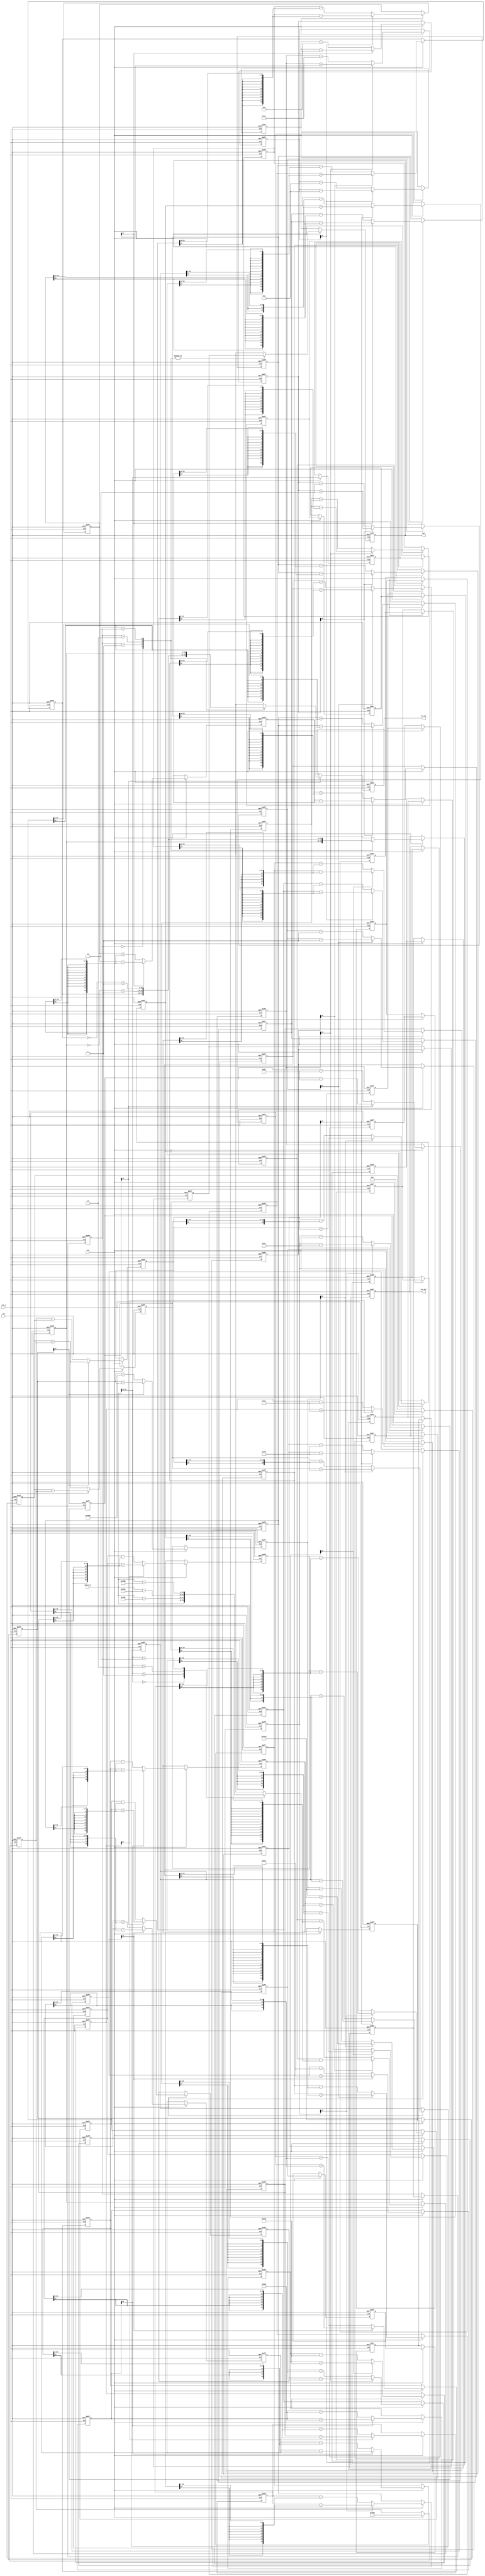
`timescale 1ns/1ps
module cordic(clk,rst_n,ena,phase_in,sin_out,cos_out,eps);

parameter DATA_WIDTH=16;
parameter PIPELINE=16;

input clk;
input rst_n;
input ena;
input [DATA_WIDTH-1:0] phase_in;

output [DATA_WIDTH-1:0] sin_out;
output [DATA_WIDTH-1:0] cos_out;
output [DATA_WIDTH-1:0] eps;

reg [DATA_WIDTH-1:0] sin_out;
reg [DATA_WIDTH-1:0] cos_out;
reg [DATA_WIDTH-1:0] eps;

reg  [DATA_WIDTH-1:0] phase_in_reg;

reg  [DATA_WIDTH-1:0] x0;
reg  [DATA_WIDTH-1:0] x1;
reg  [DATA_WIDTH-1:0] x2;
reg  [DATA_WIDTH-1:0] x3;
reg  [DATA_WIDTH-1:0] x4;
reg  [DATA_WIDTH-1:0] x5;
reg  [DATA_WIDTH-1:0] x6;
reg  [DATA_WIDTH-1:0] x7;
reg  [DATA_WIDTH-1:0] x8;
reg  [DATA_WIDTH-1:0] x9;
reg  [DATA_WIDTH-1:0] x10;
reg  [DATA_WIDTH-1:0] x11;
reg  [DATA_WIDTH-1:0] x12;
reg  [DATA_WIDTH-1:0] x13;
reg  [DATA_WIDTH-1:0] x14;
reg  [DATA_WIDTH-1:0] x15;

reg  [DATA_WIDTH-1:0] y0;
reg  [DATA_WIDTH-1:0] y1;
reg  [DATA_WIDTH-1:0] y2;
reg  [DATA_WIDTH-1:0] y3;
reg  [DATA_WIDTH-1:0] y4;
reg  [DATA_WIDTH-1:0] y5;
reg  [DATA_WIDTH-1:0] y6;
reg  [DATA_WIDTH-1:0] y7;
reg  [DATA_WIDTH-1:0] y8;
reg  [DATA_WIDTH-1:0] y9;
reg  [DATA_WIDTH-1:0] y10;
reg  [DATA_WIDTH-1:0] y11;
reg  [DATA_WIDTH-1:0] y12;
reg  [DATA_WIDTH-1:0] y13;
reg  [DATA_WIDTH-1:0] y14;
reg  [DATA_WIDTH-1:0] y15;

reg  [DATA_WIDTH-1:0] z0;
reg  [DATA_WIDTH-1:0] z1;
reg  [DATA_WIDTH-1:0] z2;
reg  [DATA_WIDTH-1:0] z3;
reg  [DATA_WIDTH-1:0] z4;
reg  [DATA_WIDTH-1:0] z5;
reg  [DATA_WIDTH-1:0] z6;
reg  [DATA_WIDTH-1:0] z7;
reg  [DATA_WIDTH-1:0] z8;
reg  [DATA_WIDTH-1:0] z9;
reg  [DATA_WIDTH-1:0] z10;
reg  [DATA_WIDTH-1:0] z11;
reg  [DATA_WIDTH-1:0] z12;
reg  [DATA_WIDTH-1:0] z13;
reg  [DATA_WIDTH-1:0] z14;
reg  [DATA_WIDTH-1:0] z15;

reg [1:0] quadrant[PIPELINE:0];
integer i;
//get real quadrant and map to first_n quadrant

always @(posedge clk or negedge rst_n)
begin
   if(!rst_n)
      phase_in_reg<=16'h0000;
   else
      if(ena)
         begin
            case(phase_in[15:14])
               2'b00:phase_in_reg<=phase_in;
               2'b01:phase_in_reg<=phase_in - 16'h4000;  //-pi/2
               2'b10:phase_in_reg<=phase_in - 16'h8000;  //-pi
               2'b11:phase_in_reg<=phase_in - 16'hc000;  //-3pi/2
               default:;
            endcase
         end
end

always @(posedge clk or negedge rst_n)
begin
   if(!rst_n)
      begin
         x0<=16'h0000;
         y0<=16'h0000;
         z0<=16'h0000;
      end
   else
      if(ena)
         begin
            x0 <= 16'h4db8;//16'h4dba
//define aggregate constant Xi=1/P=1/1.6467=0.69725(Xi=2^7*P=8'h4D)
            y0 <= 16'h0000; 
            z0 <=phase_in_reg; 
         end
end

//level 1
always @(posedge clk or negedge rst_n)
begin
   if(!rst_n)
      begin
         x1<=16'h0000;
         y1<=16'h0000;
         z1<=16'h0000;
      end
   else
      if(ena)
         if(z0[15]==1'b0)
            begin
               x1 <= x0 - y0;
               y1 <= y0 + x0;
               z1 <= z0 - 16'h2000;  //45deg
            end
         else
            begin
               x1 <= x0 + y0;
               y1 <= y0 - x0;
               z1 <= z0 + 16'h2000;  //45deg
            end
end

//level 2
always @(posedge clk or negedge rst_n)
begin
   if(!rst_n)
      begin
         x2<=16'h0000;
         y2<=16'h0000;
         z2<=16'h0000;
      end
   else
      if(ena)
         if(z1[15]==1'b0)
            begin
               x2 <= x1 - {y1[DATA_WIDTH-1],y1[DATA_WIDTH-1:1]};
               y2 <= y1 + {x1[DATA_WIDTH-1],x1[DATA_WIDTH-1:1]};
               z2 <= z1 - 16'h12e4;  //26deg
            end
         else
            begin
               x2 <= x1 + {y1[DATA_WIDTH-1],y1[DATA_WIDTH-1:1]};
               y2 <= y1 - {x1[DATA_WIDTH-1],x1[DATA_WIDTH-1:1]};
               z2 <= z1 + 16'h12e4;  //26deg
            end
end

//level 3
always @(posedge clk or negedge rst_n)
begin
   if(!rst_n)
      begin
         x3<=16'h0000;
         y3<=16'h0000;
         z3<=16'h0000;
      end
   else
      if(ena)
         if(z2[15]==1'b0)
            begin
               x3 <= x2 - {{2{y2[DATA_WIDTH-1]}},y2[DATA_WIDTH-1:2]};
               y3 <= y2 + {{2{x2[DATA_WIDTH-1]}},x2[DATA_WIDTH-1:2]};
               z3 <= z2 - 16'h09fb;  //14deg
            end
         else
            begin
              x3 <= x2 + {{2{y2[DATA_WIDTH-1]}},y2[DATA_WIDTH-1:2]};
              y3 <= y2 - {{2{x2[DATA_WIDTH-1]}},x2[DATA_WIDTH-1:2]};
              z3 <= z2 + 16'h09fb;  //14deg
            end
end            
  
//level 4
always @(posedge clk or negedge rst_n)
begin
   if(!rst_n)
      begin
         x4<=16'h0000;
         y4<=16'h0000;
         z4<=16'h0000;
      end
   else
      if(ena)
         if(z3[15]==1'b0)
            begin
               x4 <= x3 - {{3{y3[DATA_WIDTH-1]}},y3[DATA_WIDTH-1:3]};
               y4 <= y3 + {{3{x3[DATA_WIDTH-1]}},x3[DATA_WIDTH-1:3]};
               z4 <= z3 - 16'h0511;  //7deg
            end
         else
            begin
               x4 <= x3 + {{3{y3[DATA_WIDTH-1]}},y3[DATA_WIDTH-1:3]};
               y4 <= y3 - {{3{x3[DATA_WIDTH-1]}},x3[DATA_WIDTH-1:3]};
               z4 <= z3 + 16'h0511;  //7deg
            end
end 

//level 5
always @(posedge clk or negedge rst_n)
begin
   if(!rst_n)
      begin
         x5<=16'h0000;
         y5<=16'h0000;
         z5<=16'h0000;
      end
   else
      if(ena)
         if(z4[15]==1'b0)
            begin
               x5 <= x4 - {{4{y4[DATA_WIDTH-1]}},y4[DATA_WIDTH-1:4]};
               y5 <= y4 + {{4{x4[DATA_WIDTH-1]}},x4[DATA_WIDTH-1:4]};
               z5 <= z4 - 16'h028b;  //4deg
            end
         else
            begin
               x5 <= x4 + {{4{y4[DATA_WIDTH-1]}},y4[DATA_WIDTH-1:4]};
               y5 <= y4 - {{4{x4[DATA_WIDTH-1]}},x4[DATA_WIDTH-1:4]};
               z5 <= z4 + 16'h028b;  //4deg
            end
end 

//level 6
always @(posedge clk or negedge rst_n)
begin
   if(!rst_n)
      begin
         x6<=16'h0000;
         y6<=16'h0000;
         z6<=16'h0000;
      end
   else
      if(ena)
         if(z5[15]==1'b0)
            begin
               x6 <= x5 - {{5{y5[DATA_WIDTH-1]}},y5[DATA_WIDTH-1:5]};
               y6 <= y5 + {{5{x5[DATA_WIDTH-1]}},x5[DATA_WIDTH-1:5]};
               z6 <= z5 - 16'h0146;  //2deg
            end
         else
            begin
               x6 <= x5 + {{5{y5[DATA_WIDTH-1]}},y5[DATA_WIDTH-1:5]};
               y6 <= y5 - {{5{x5[DATA_WIDTH-1]}},x5[DATA_WIDTH-1:5]};
               z6 <= z5 + 16'h0146;  //2deg
            end
end 

//level 7
always @(posedge clk or negedge rst_n)
begin
   if(!rst_n)
      begin
         x7<=16'h0000;
         y7<=16'h0000;
         z7<=16'h0000;
      end
   else
      if(ena)
         if(z6[15]==1'b0)
            begin
               x7 <= x6 - {{6{y6[DATA_WIDTH-1]}},y6[DATA_WIDTH-1:6]};
               y7 <= y6 + {{6{x6[DATA_WIDTH-1]}},x6[DATA_WIDTH-1:6]};
               z7 <= z6 - 16'h00a3;  
            end
         else
            begin
               x7 <= x6 + {{6{y6[DATA_WIDTH-1]}},y6[DATA_WIDTH-1:6]};
               y7 <= y6 - {{6{x6[DATA_WIDTH-1]}},x6[DATA_WIDTH-1:6]};
               z7 <= z6 + 16'h00a3;  
            end
end 

//level 8
always @(posedge clk or negedge rst_n)
begin
   if(!rst_n)
      begin
         x8<=16'h0000;
         y8<=16'h0000;
         z8<=16'h0000;
      end
   else
      if(ena)
         if(z7[15]==1'b0)
            begin
               x8 <= x7 - {{7{y7[DATA_WIDTH-1]}},y7[DATA_WIDTH-1:7]};
               y8 <= y7 + {{7{x7[DATA_WIDTH-1]}},x7[DATA_WIDTH-1:7]};
               z8 <= z7 - 16'h0051;  
            end
         else
            begin
               x8 <= x7 + {{7{y7[DATA_WIDTH-1]}},y7[DATA_WIDTH-1:7]};
               y8 <= y7 - {{7{x7[DATA_WIDTH-1]}},x7[DATA_WIDTH-1:7]};
               z8 <= z7 + 16'h0051;  
            end
end 

//level 9
always @(posedge clk or negedge rst_n)
begin
   if(!rst_n)
      begin
         x9<=16'h0000;
         y9<=16'h0000;
         z9<=16'h0000;
      end
   else
      if(ena)
         if(z8[15]==1'b0)
            begin
               x9 <= x8 - {{8{y8[DATA_WIDTH-1]}},y8[DATA_WIDTH-1:8]};
               y9 <= y8 + {{8{x8[DATA_WIDTH-1]}},x8[DATA_WIDTH-1:8]};
               z9 <= z8 - 16'h0028;  
            end
         else
            begin
               x9 <= x8 + {{8{y8[DATA_WIDTH-1]}},y8[DATA_WIDTH-1:8]};
               y9 <= y8 - {{8{x8[DATA_WIDTH-1]}},x8[DATA_WIDTH-1:8]};
               z9 <= z8 + 16'h0028;  
            end
end 

//level 10
always @(posedge clk or negedge rst_n)
begin
   if(!rst_n)
      begin
         x10<=16'h0000;
         y10<=16'h0000;
         z10<=16'h0000;
      end
   else
      if(ena)
         if(z9[15]==1'b0)
            begin
               x10 <= x9 - {{9{y9[DATA_WIDTH-1]}},y9[DATA_WIDTH-1:9]};
               y10 <= y9 + {{9{x9[DATA_WIDTH-1]}},x9[DATA_WIDTH-1:9]};
               z10 <= z9 - 16'h0014;  
            end
         else
            begin
               x10 <= x9 + {{9{y9[DATA_WIDTH-1]}},y9[DATA_WIDTH-1:9]};
               y10 <= y9 - {{9{x9[DATA_WIDTH-1]}},x9[DATA_WIDTH-1:9]};
               z10 <= z9 + 16'h0014;  
            end
end 

//level 11
always @(posedge clk or negedge rst_n)
begin
   if(!rst_n)
      begin
         x11<=16'h0000;
         y11<=16'h0000;
         z11<=16'h0000;
      end
   else
      if(ena)
         if(z10[15]==1'b0)
            begin
               x11 <= x10 - {{10{y10[DATA_WIDTH-1]}},y10[DATA_WIDTH-1:10]};
               y11 <= y10 + {{10{x10[DATA_WIDTH-1]}},x10[DATA_WIDTH-1:10]};
               z11 <= z10 - 16'h000a;  
            end
         else
            begin
               x11 <= x10 + {{10{y10[DATA_WIDTH-1]}},y10[DATA_WIDTH-1:10]};
               y11 <= y10 - {{10{x10[DATA_WIDTH-1]}},x10[DATA_WIDTH-1:10]};
               z11 <= z10 + 16'h000a;  
            end
end 

//level 12
always @(posedge clk or negedge rst_n)
begin
   if(!rst_n)
      begin
         x12<=16'h0000;
         y12<=16'h0000;
         z12<=16'h0000;
      end
   else
      if(ena)
         if(z11[15]==1'b0)
            begin
               x12 <= x11 - {{11{y11[DATA_WIDTH-1]}},y11[DATA_WIDTH-1:11]};
               y12 <= y11 + {{11{x11[DATA_WIDTH-1]}},x11[DATA_WIDTH-1:11]};
               z12 <= z11 - 16'h0005;  
            end
         else
            begin
               x12 <= x11 + {{11{y11[DATA_WIDTH-1]}},y11[DATA_WIDTH-1:11]};
               y12 <= y11 - {{11{x11[DATA_WIDTH-1]}},x11[DATA_WIDTH-1:11]};
               z12 <= z11 + 16'h0005;  
            end
end 

//level 13
always @(posedge clk or negedge rst_n)
begin
   if(!rst_n)
      begin
         x13<=16'h0000;
         y13<=16'h0000;
         z13<=16'h0000;
      end
   else
      if(ena)
         if(z12[15]==1'b0)
            begin
               x13 <= x12 - {{12{y12[DATA_WIDTH-1]}},y12[DATA_WIDTH-1:12]};
               y13 <= y12 + {{12{x12[DATA_WIDTH-1]}},x12[DATA_WIDTH-1:12]};
               z13 <= z12 - 16'h0003;  
            end
         else
            begin
               x13 <= x12 + {{12{y12[DATA_WIDTH-1]}},y12[DATA_WIDTH-1:12]};
               y13 <= y12 - {{12{x12[DATA_WIDTH-1]}},x12[DATA_WIDTH-1:12]};
               z13 <= z12 + 16'h0003;  
            end
end 

//level 14
always @(posedge clk or negedge rst_n)
begin
   if(!rst_n)
      begin
         x14<=16'h0000;
         y14<=16'h0000;
         z14<=16'h0000;
      end
   else
      if(ena)
         if(z13[15]==1'b0)
            begin
               x14 <= x13 - {{13{y13[DATA_WIDTH-1]}},y13[DATA_WIDTH-1:13]};
               y14 <= y13 + {{13{x13[DATA_WIDTH-1]}},x13[DATA_WIDTH-1:13]};
               z14 <= z13 - 16'h0001;  
            end
         else
            begin
               x14 <= x13 + {{13{y13[DATA_WIDTH-1]}},y13[DATA_WIDTH-1:13]};
               y14 <= y13 - {{13{x13[DATA_WIDTH-1]}},x13[DATA_WIDTH-1:13]};
               z14 <= z13 + 16'h0001;  
            end
end 

//level5////
//overflow
always @(posedge clk or negedge rst_n)
begin
   if(!rst_n)
      begin
         x15<=16'h0000;
         y15<=16'h0000;
         z15<=16'h0000;
      end
   else
      if(ena)
         if(z14[15]==1'b0)
           
            begin
               x15 <= x14 - {{14{y14[DATA_WIDTH-1]}},y14[DATA_WIDTH-1:14]};// -3'b100;
               y15 <= y14 + {{14{x14[DATA_WIDTH-1]}},x14[DATA_WIDTH-1:14]};// -3'b100;
               z15 <= z14;  
            end
         else 
            begin
               x15 <= x14 + {{14{y14[DATA_WIDTH-1]}},y14[DATA_WIDTH-1:14]};// -3'b100;
               y15 <= y14 - {{14{x14[DATA_WIDTH-1]}},x14[DATA_WIDTH-1:14]};// -3'b100;
               z15 <= z14;  
            end
        
end 

//remain the quadrant information for 'duiqi'
always @(posedge clk or negedge rst_n)
begin
   if(!rst_n)
      for(i=0; i<=PIPELINE; i=i+1)
         quadrant[i]<=2'b00;
   else
      if(ena)
         begin
            for(i=0; i<PIPELINE; i=i+1)
               quadrant[i+1]<=quadrant[i];
               quadrant[0]<=phase_in[15:14];
         end
end

always @(posedge clk or negedge rst_n)
begin
   if(!rst_n)
      begin
         sin_out <= 16'h0000;
         cos_out <= 16'h0000;
         eps <= 16'h0000;
      end
   else
      if(ena)
         case(quadrant[16])
            2'b00:begin
                     sin_out <= y15; 
                     cos_out <= x15;
                     eps <= z15;
                  end
            2'b01:begin
                     sin_out <= x15; 
                     cos_out <= ~(y15) + 1'b1;
                     eps <= z15;
                  end
            2'b10:begin
                     sin_out <= ~(y15) + 1'b1; 
                     cos_out <= ~(x15) + 1'b1;
                     eps <= z15;
                  end
            2'b11:begin
                     sin_out <= ~(x15) + 1'b1; 
                     cos_out <= y15;
                     eps <= z15;
                  end
         endcase
end

endmodule